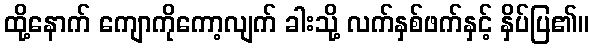
ထို့နောက် ကျောကိုကော့လျက် ခါးသို့ လက်နှစ်ဖက်နှင့် နှိပ်ပြ၏။